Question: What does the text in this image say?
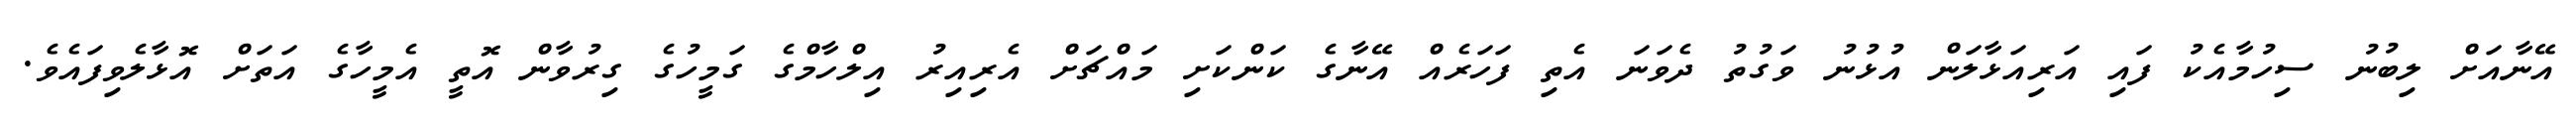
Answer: އޭނާއަށް ލިބުނު ސިހުމާއެކު ފައި އަރިއަޅާލަން އުޅުނު ވަގުތު ދެވަނަ އެތި ފަހަރެއް އޭނާގެ ކަންކަށި މައްޗަށް އެރިއިރު އިލްހާމްގެ ގަމީހުގެ ގިރުވާން އޮތީ އެމީހާގެ އަތަށް އޮޅާލެވިފައެވެ.